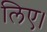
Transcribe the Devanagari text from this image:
लिए।